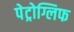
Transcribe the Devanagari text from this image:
पेट्रोग्लिफ